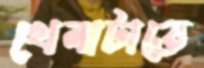
খেলাটাতে